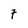
Character: 7